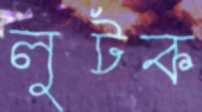
লুটক